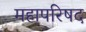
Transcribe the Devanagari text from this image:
महापरिषद